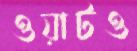
ওয়াটও